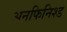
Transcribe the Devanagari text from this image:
अनफिनिश्ड